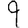
Digit: 9